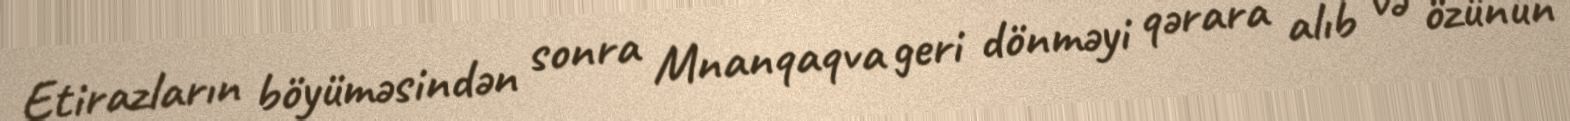
Etirazların böyüməsindən sonra Mnanqaqva geri dönməyi qərara alıb və özünün